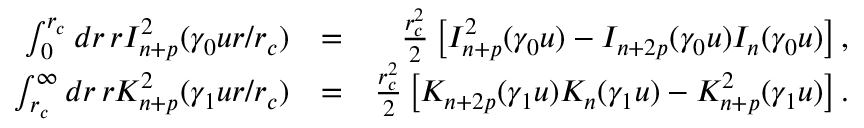
\begin{array} { r l r } { \int _ { 0 } ^ { r _ { c } } d r \, r I _ { n + p } ^ { 2 } ( \gamma _ { 0 } u r / r _ { c } ) } & { = } & { \frac { r _ { c } ^ { 2 } } { 2 } \left[ I _ { n + p } ^ { 2 } ( \gamma _ { 0 } u ) - I _ { n + 2 p } ( \gamma _ { 0 } u ) I _ { n } ( \gamma _ { 0 } u ) \right] , } \\ { \int _ { r _ { c } } ^ { \infty } d r \, r K _ { n + p } ^ { 2 } ( \gamma _ { 1 } u r / r _ { c } ) } & { = } & { \frac { r _ { c } ^ { 2 } } { 2 } \left[ K _ { n + 2 p } ( \gamma _ { 1 } u ) K _ { n } ( \gamma _ { 1 } u ) - K _ { n + p } ^ { 2 } ( \gamma _ { 1 } u ) \right] . } \end{array}